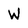
Character: W